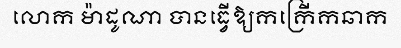
លោក ម៉ាដូណា បានធ្វើឱ្យកក្រើកឆាក